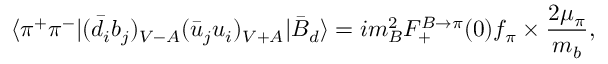
\langle \pi ^ { + } \pi ^ { - } | ( \bar { d } _ { i } b _ { j } ) _ { V - A } ( \bar { u } _ { j } u _ { i } ) _ { V + A } | \bar { B } _ { d } \rangle = i m _ { B } ^ { 2 } F _ { + } ^ { B \to \pi } ( 0 ) f _ { \pi } \times \frac { 2 \mu _ { \pi } } { m _ { b } } ,